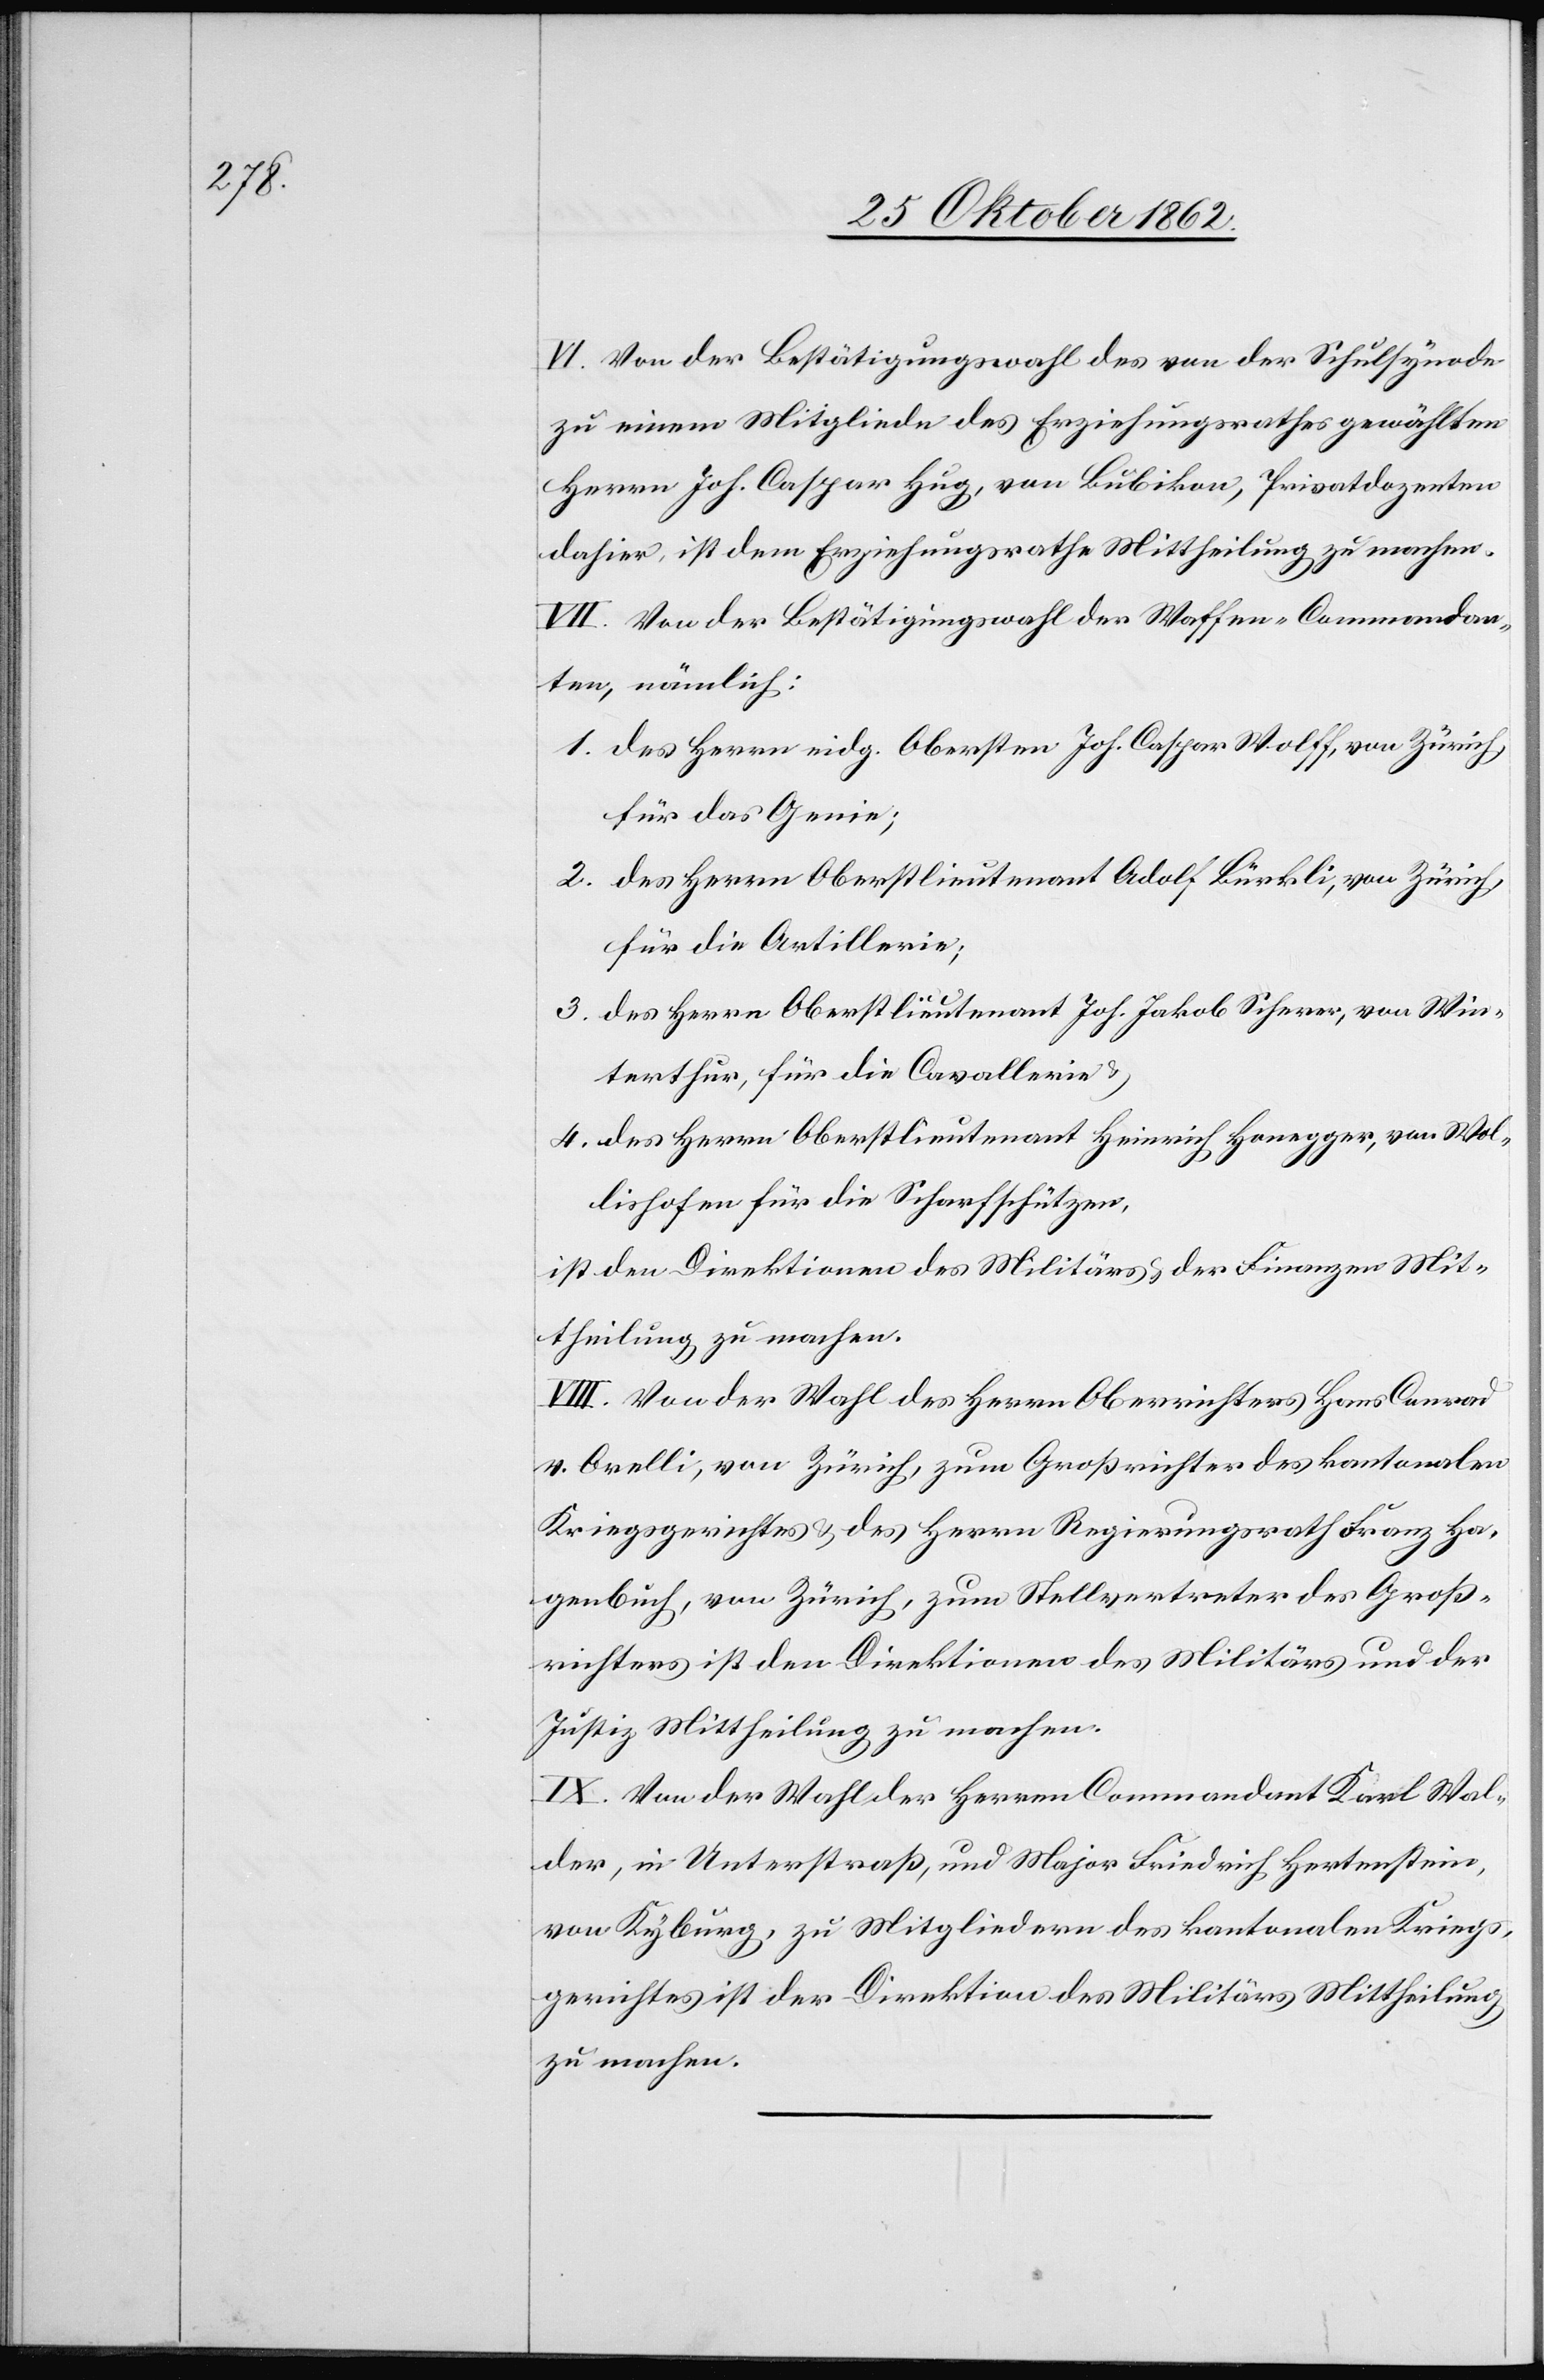
VI. Von der Bestätigungswahl des von der Schulsynode
zu einem Mitgliede des Erziehungsrathes gewählten
Herren Joh. Caspar Hug, von Bubikon, Privatdozenten
dahier, ist dem Erziehungsrathe Mittheilung zu machen.
VII. Von der Bestätigungswahl des Waffen-Commandan¬
ten, nämlich:
1. des Herrn eidg. Obersten Joh. Caspar Wolff, von Zürich,
für das Genie;
2. des Herrn Oberstlieutenant Adolf Bürkli, von Zürich,
für die Artillerie;
3. des Herrn Oberstlieutenant Joh. Jakob Scherer, von Win¬
terthur, für die Cavallerie u.
4. des Herrn Oberstlieutenant Heinrich Honegger, von Wol¬
lishofen für die Scharfschützen;
ist den Direktionen des Militärs u. der Finanzen Mit¬
theilung zu machen.
VIII. Von der Wahl des Herrn Oberrichters Hans Conrad
v. Orelli, von Zürich, zum Großrichter des kantonalen
Kriegsgerichtes u. des Herrn Regierungsrath Franz Ha¬
genbuch, von Zürich, zum Stellvertreter des Groß¬
richters ist den Direktionen des Militärs und der
Justiz Mittheilung zu machen.
IX. Von der Wahl des Herrn Commandant Karl Wal¬
der, in Unterstraße, und Major Friedrich Hertenstein,
von Kyburg, zu Mitgliedern des kantonalen Kriegs¬
gerichtes ist der Direktion des Militärs Mittheilung
zu machen.